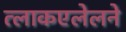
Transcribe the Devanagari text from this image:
त्लाकएलेलने